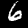
Label: 6